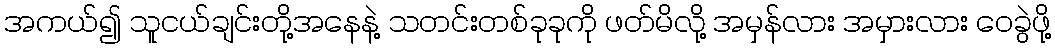
အကယ်၍ သူငယ်ချင်းတို့အနေနဲ့ သတင်းတစ်ခုခုကို ဖတ်မိလို့ အမှန်လား အမှားလား ဝေခွဲဖို့